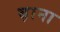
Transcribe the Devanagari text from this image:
ब़ाना